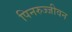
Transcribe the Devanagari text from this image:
पिनरुज्जीवन